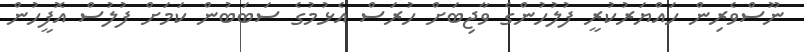
ނޫސްވެރިން ހައްޔަރުކުރީ ފުލުހުންގެ ވާޖިބަށް ހުރަސް އެޅުމުގެ ސަބަބުން ކަމަށް ފުލުސް އޮފީހުން